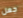
جعل